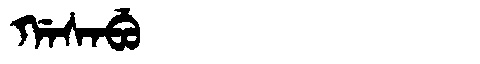
Manchu: ᡤᠠᠰᠠᠪᡠ
Romanization: GASABU